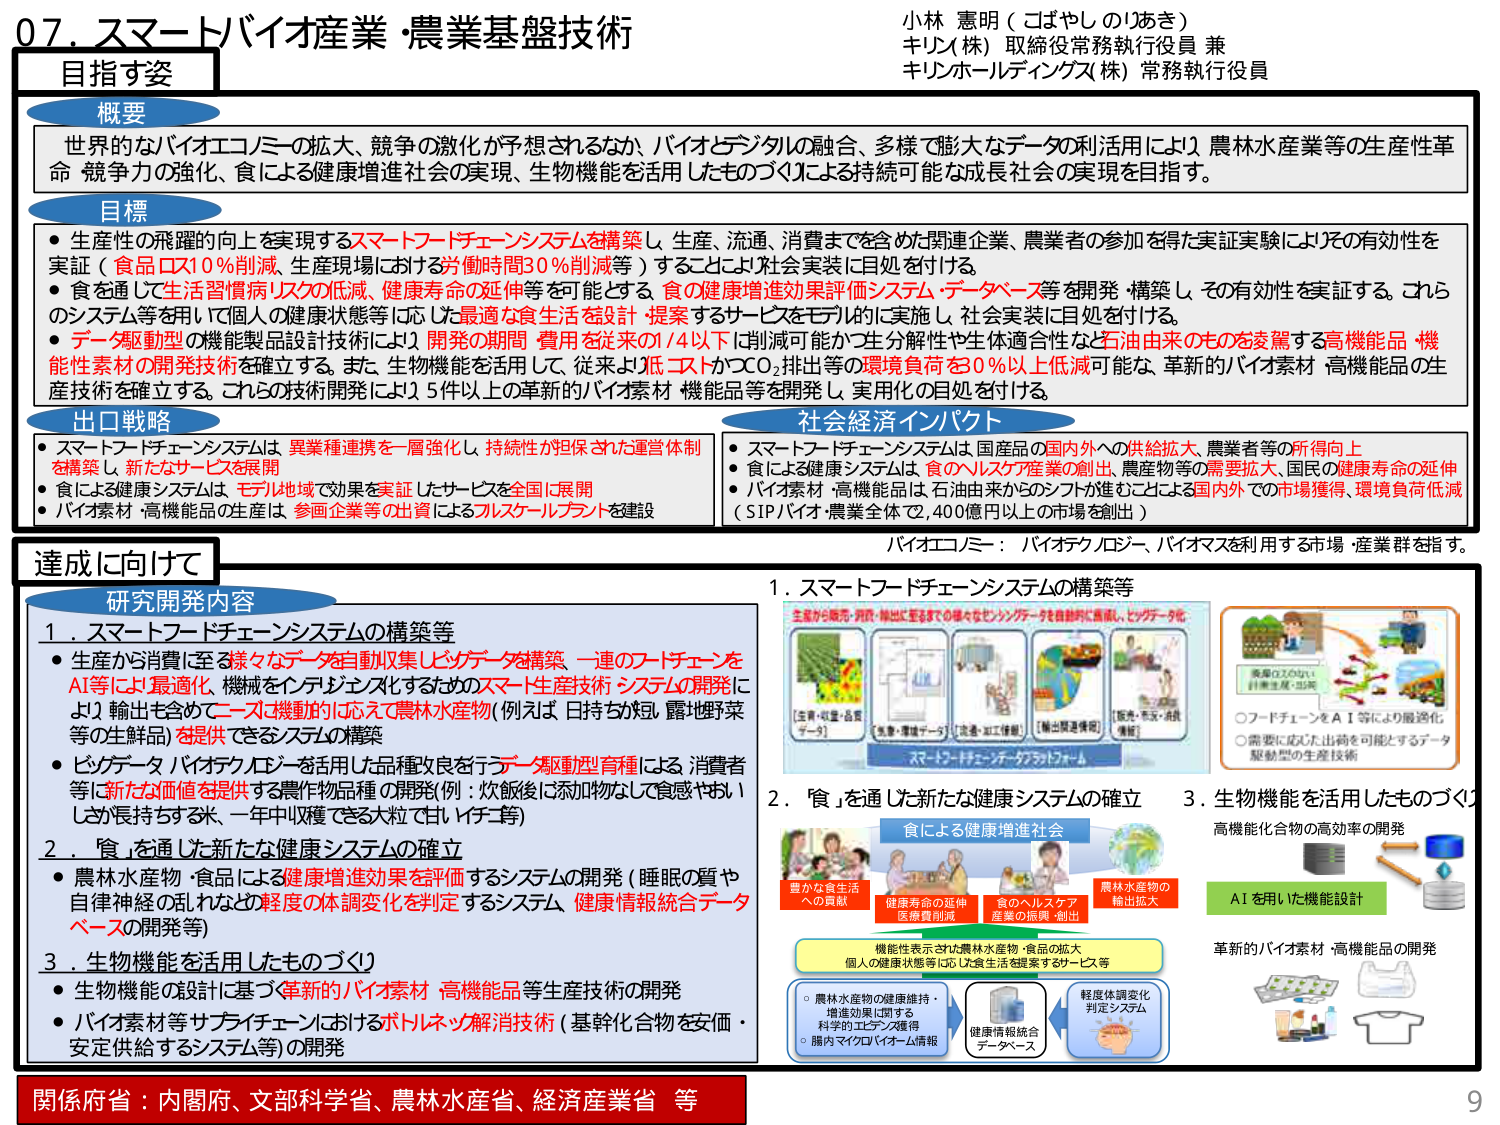
07. スマートバイオ産業・農業基盤技術

目指す姿

概要
世界的なバイオエコノミーの拡大、競争の激化が予想されるなか、バイオとデジタルの融合、多様で膨大なデータの利活用により、農林水産業等の生産性革命、競争力の強化、食による健康増進社会の実現、生物機能を活用したものづくりによる持続可能な成長社会の実現を目指す。

目標
・生産性の飛躍的向上を実現するスマートフードチェーンシステムを構築し、生産、流通、消費までを含めた関連企業、農業者の参加を得た実証実験によりその有効性を実証（食品ロス10％削減、生産現場における労働時間30％削減等）することにより社会実装に目処を付ける。
・食を通じて生活習慣病リスクの低減、健康寿命の延伸等を可能とする「食の健康増進効果評価システム・データベース」等を開発・構築し、その有効性を実証する。これら のシステム等を用いて個人の健康状態等に応じた最適な食生活を設計・提案するサービスをモデル的に実施し、社会実装に目処を付ける。
・データ駆動型の機能製品設計技術により、開発の期間・費用を従来の1/4以下に削減可能かつ生分解性や生体適合性など石油由来のものを凌駕する高機能品・機能性素材の開発技術を確立する。また、生物機能を活用して、従来より低コストかつCO₂排出等の環境負荷を30％以上低減可能な、革新的バイオ素材・高機能品の生産技術を確立する。これらの技術開発により5件以上の革新的バイオ素材・機能品等を開発し、実用化の目処を付ける。

出口戦略
・スマートフードチェーンシステムは、異業種連携を一層強化し、持続性が担保された運営体制を構築し、新たなサービスを展開
・食による健康システムは、モデル地域で効果を実証したサービスを全国に展開
・バイオ素材・高機能品の生産は、参画企業等の出資によるフルスケールプラントを建設

社会経済インパクト
・スマートフードチェーンシステムは、国産品の国内外への供給拡大、農業者等の所得向上
・食による健康システムは、食のヘルスケア産業の創出、農産物等の需要拡大、国民の健康寿命の延伸
・バイオ素材・高機能品は、石油由来からのシフトが進むことによる国内外での市場獲得、環境負荷低減（SIPバイオ・農業全体で2,400億円以上の市場を創出）

バイオエコノミー：バイオテクノロジー、バイオマスを利用する市場・産業群を指す。

達成に向けて

研究開発内容
1．スマートフードチェーンシステムの構築等
・生産から消費に至る様々なデータを自動収集し、ビッグデータを構築、一連のフードチェーンをAI等により最適化、機能をインテグレートするためのスマート生産技術・システムの開発により、輸出も含めてニーズは機動的に応えて農林水産物（例えば、日持ちが良く、露地野菜等の生鮮品）を提供できるシステムの構築
・ビッグデータ・バイオテクノロジーを活用した品種改良をデータ駆動型育種により、消費者等に新たな価値を提供する農作物品種の開発（例：炊飯後に和み物なして食感やおいしさが長持ちする米、一年中収穫できる大粒で甘いイチゴ等）

2．「食」を通じた新たな健康システムの確立
・農林水産物・食品による健康増進効果を評価するシステムの開発（睡眠の質や自律神経の乱れなど、軽度の体調変化を判定するシステム、健康情報統合データベースの開発等）

3．生物機能を活用したものづくり
・生物機能の設計に基づく革新的バイオ素材・高機能品等生産技術の開発
・バイオ素材等サプライチェーンにおけるボトルネック解消技術（基幹化合物を安価・安定供給するシステム等）の開発

1．スマートフードチェーンシステムの構築等
生産から販売・消費・排出に至るまでの様々なセンシングデータを自動的に集積し、ビッグデータ化。
[生産・収穫・品質データ]
[生産・環境データ]
[流通・加工情報]
[輸出関連情報]
[販売・生産・消耗情報]
スマートフードチェーンプラットフォーム
○フードチェーンをAI等により最適化
○需要に応じた出荷を可能とするデータ駆動型の生産技術

2．「食」を通じた新たな健康システムの確立
食による健康増進社会
豊かな食生活への貢献
健康寿命の延伸 医療費削減
食のヘルスケア産業の振興・創出
農林水産物の輸出拡大
機能性表示された農林水産物・食品の拡大
個人の健康状態等に応じた食生活を提案するサービス等
○農林水産物の健康維持・増進効果に関する科学的エビデンス獲得
○腸内マイクロバイオーム情報
健康情報統合データベース
軽度体調変化判定システム

3．生物機能を活用したものづくり
高機能化合物の高効率の開発
AIを用いた機能設計
革新的バイオ素材・高機能品の開発

関係府省：内閣府、文部科学省、農林水産省、経済産業省 等

小林 憲明（こばやし のりあき）
キリン（株）取締役常務執行役員 兼
キリンホールディングス（株）常務執行役員

9